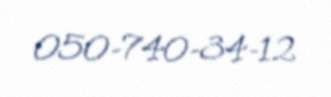
050-740-34-12